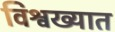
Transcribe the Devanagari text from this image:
विश्वख्यात